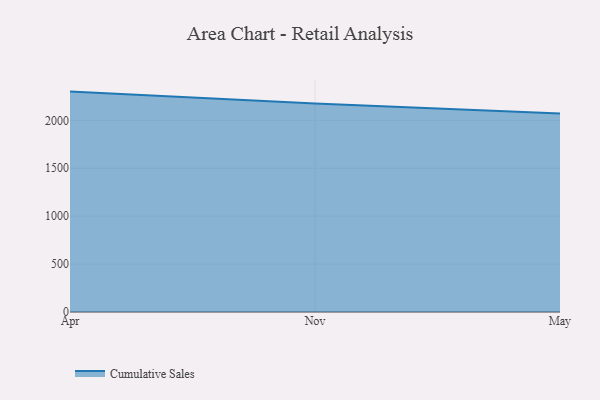
{"axis": {"x": "Month", "y": "Bounce Rate (%)"}, "legend": ["Cumulative Sales"], "data": [{"x": "Apr", "y": 2299.7, "type": "Cumulative Sales"}, {"x": "Nov", "y": 2174.3, "type": "Cumulative Sales"}, {"x": "May", "y": 2070.8, "type": "Cumulative Sales"}]}